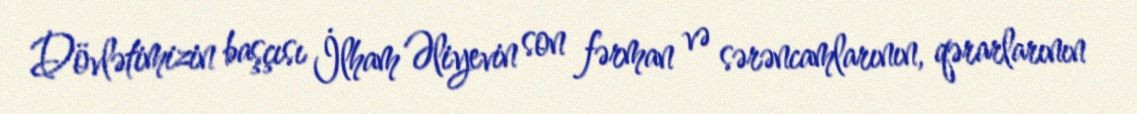
Dövlətimizin başçısı İlham Əliyevin son fərman və sərəncamlarının, qərarlarının